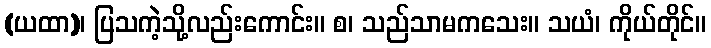
(ယထာ)၊ ပြသကဲ့သို့လည်းကောင်း။ စ၊ သည်သာမကသေး။ သယံ၊ ကိုယ်တိုင်။